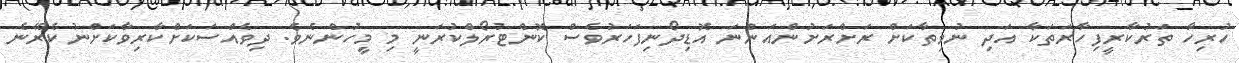
ހުރިހާ ތަރުކާރީފިހާރަތަކާ އަދި ނުވިތާކަށް ރަށްރަށުންއަންނަ އޮޑިދޯނިފަހަރުވެސް ކޮންޓުރޯލްކުރަނީ މި މީހުންނެވެ. ދިވެއްސަކަށްކާރިވާކަށްނުކެރޭނެ